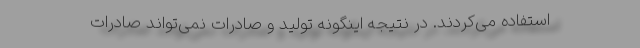
استفاده می‌کردند. در نتیجه اینگونه تولید و صادرات نمی‌تواند صادرات